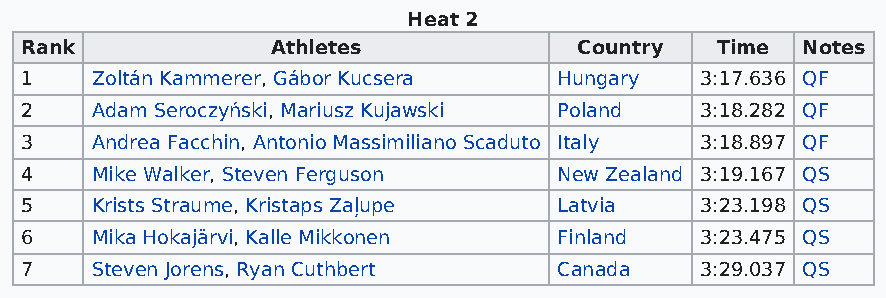
Heat 2
 Rank             Athletes            Country  Time  Notes
 1    Zoltán Kammerer, Gábor Kucsera Hungary  3:17.636 QF
 2    Adam Seroczyński, Mariusz Kujawski Poland 3:18.282 QF
 3    Andrea Facchin, Antonio Massimiliano Scaduto Italy 3:18.897 QF
 4    Mike Walker, Steven Ferguson   New Zealand 3:19.167 QS
 5    Krists Straume, Kristaps Zaļupe Latvia  3:23.198 QS
 6    Mika Hokajärvi, Kalle Mikkonen Finland  3:23.475 QS
 7    Steven Jorens, Ryan Cuthbert   Canada   3:29.037 QS